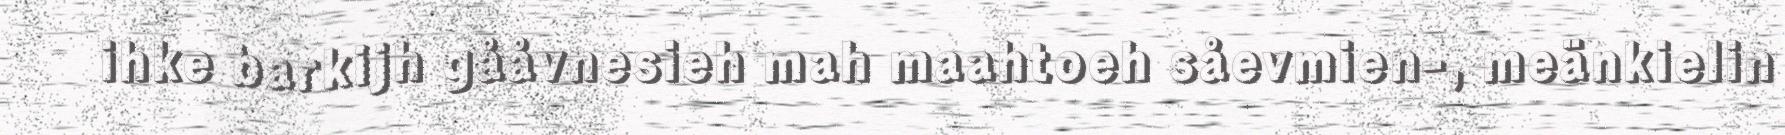
ihke barkijh gååvnesieh mah maahtoeh såevmien-, meänkielin